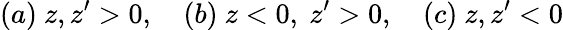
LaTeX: (a)\ z,z^{\prime}>0,\ \ \ \ (b)\ z<0,\ z^{\prime}>0,\ \ \ \ (c)\ z,z^{\prime}<0